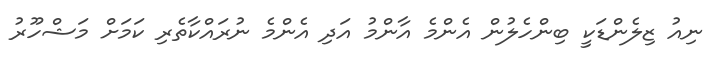
ނިއު ޒިލެންޑަކީ ބިންހެލުން އެންމެ އާންމު އަދި އެންމެ ނުރައްކާތެރި ކަމަށް މަޝްހޫރު